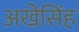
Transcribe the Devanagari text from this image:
अखेसिंह